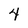
Character: 4